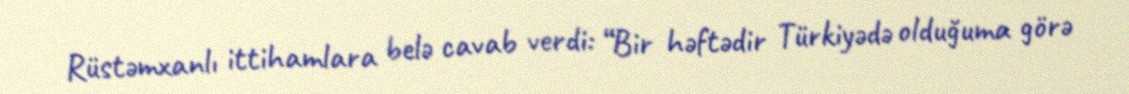
Rüstəmxanlı ittihamlara belə cavab verdi: “Bir həftədir Türkiyədə olduğuma görə